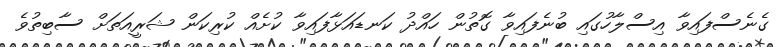
ގެނެސްފައިވާ އިސްލާހުގައި ބުނެފައިވާ ގޮތުން ހައްދު ކަނޑައަޅާފައިވާ ކުށެއް ކުރިކަން ޝަރީއަތަށް ސާބިތުވެ